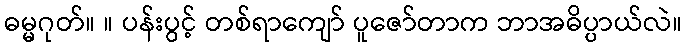
ဓမ္မဂုတ်။ ။ ပန်းပွင့် တစ်ရာကျော် ပူဇော်တာက ဘာအဓိပ္ပာယ်လဲ။